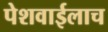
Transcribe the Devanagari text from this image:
पेशवाईलाच